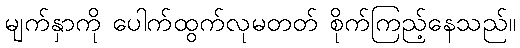
မျက်နှာကို ပေါက်ထွက်လုမတတ် စိုက်ကြည့်နေသည်။